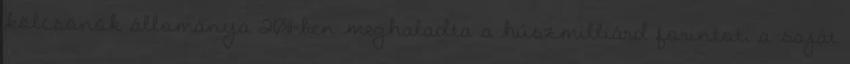
kölcsönök állománya 2011-ben meghaladta a húszmilliárd forintot, a saját